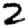
Digit: 2